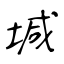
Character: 堿